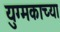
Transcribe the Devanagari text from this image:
युग्मकाच्या